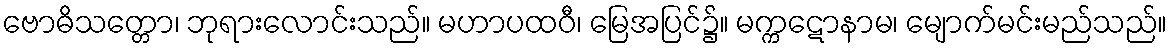
ဗောဓိသတ္တော၊ ဘုရားလောင်းသည်။ မဟာပထဝီ၊ မြေအပြင်၌။ မက္ကဋောနာမ၊ မျောက်မင်းမည်သည်။